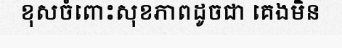
ខុសចំពោះសុខភាពដូចជា គេងមិន